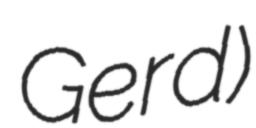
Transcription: Gerd)